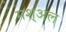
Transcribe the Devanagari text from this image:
मश्अल